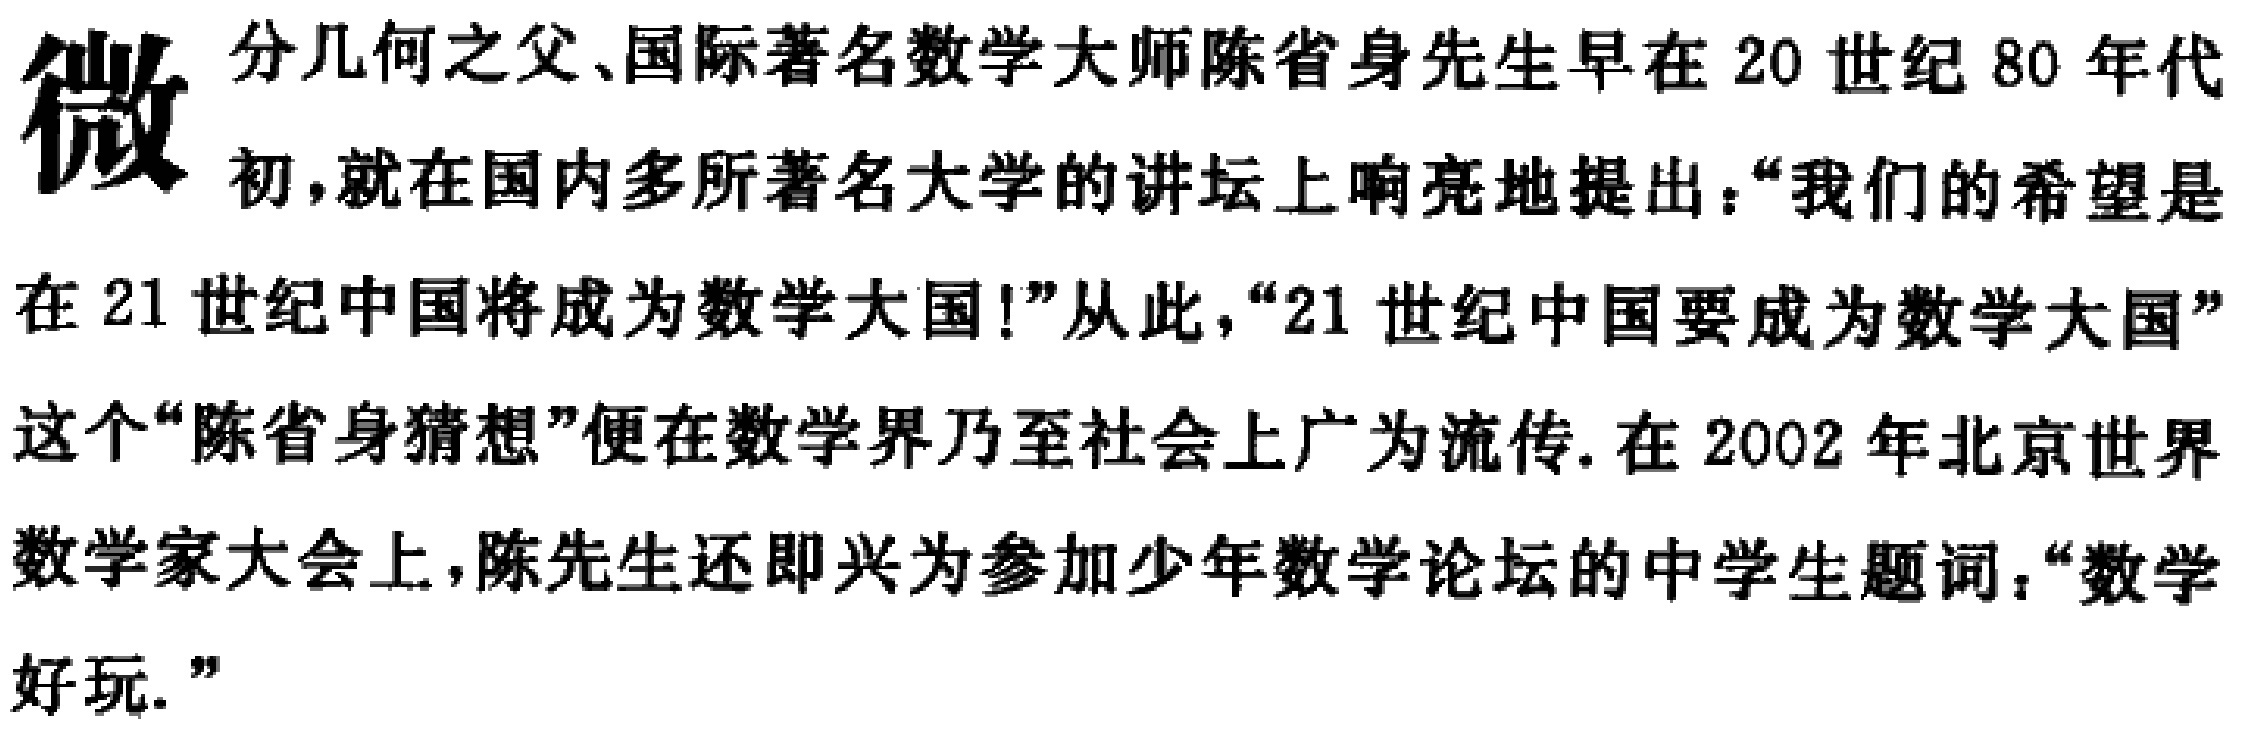
微分几何之父、国际著名数学大师陈省身先生早在20世纪80年代初，就在国内多所著名大学的讲坛上响亮地提出：“我们的希望是在21世纪中国将成为数学大国!”从此，“21世纪中国要成为数学大国”这个“陈省身猜想”便在数学界乃至社会上广为流传. 在2002年北京世界数学家大会上，陈先生还即兴为参加少年数学论坛的中学生题词：“数学好玩.”